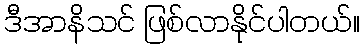
ဒီအာနိသင် ဖြစ်လာနိုင်ပါတယ်။